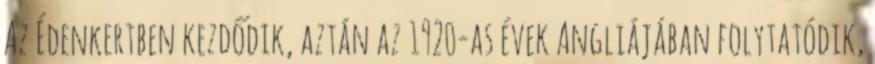
Az Édenkertben kezdődik, aztán az 1920-as évek Angliájában folytatódik,